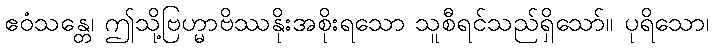
ဧဝံသန္တေ၊ ဤသို့ဗြဟ္မာဗိဿနိုးအစိုးရသော သူစီရင်သည်ရှိသော်။ ပုရိသော၊